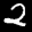
Label: 2